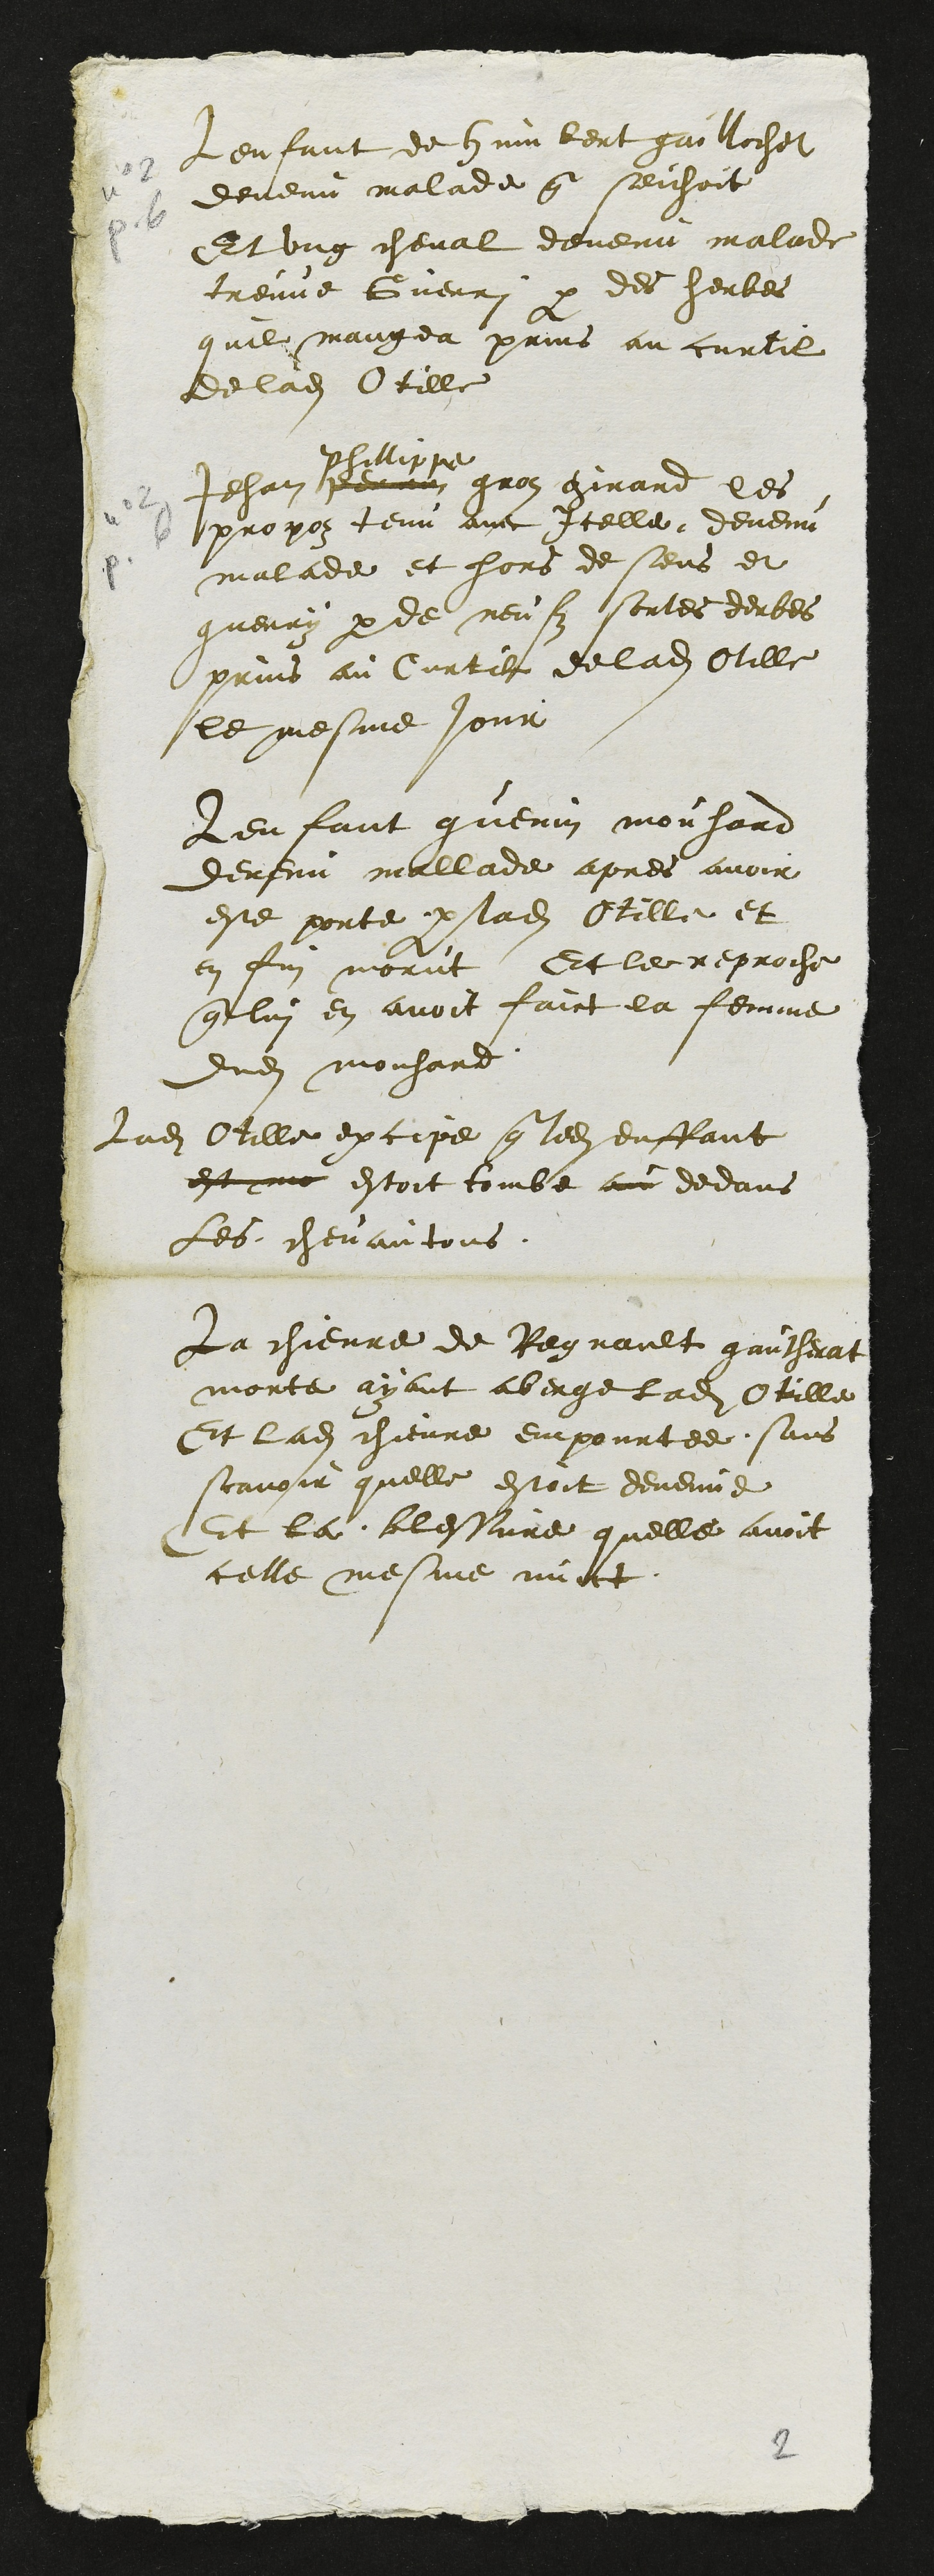
Lenfant de Humbert gaillochet
devenu malade que seichoit
Et ung cheval devenu malade
treuve Guerri par des herbes
quil mangea prins au curtil
de ladite Otille
Jehan perrin
Phillippe
gros girard les
propoz tenu avec Icelle devenu
malade et hors de sens et
guerry par de neufz sortes derbes
prins au Curtil de ladite Otille
le mesme jour
Lenfant guenin mouhard
devenu mallade apres avoir
este porte par ladite Otille et
en fin morut Et le reproche
que lui en avoit faict la femme
dudit mouhard
ladite Otille excipe que ledit enffant
est mo estoit tombe au dedans
Les chevautous
La chievre de Regnault gautherat
morte ayant aberge ladite Otille
Et ladite chievre empourtee sans
scavoir quelle estoit devenue
Et la blessure quelle avoit
celle mesme nuict